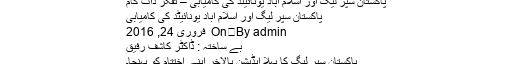
پاکستان سپر لیگ اور اسلام آباد یونائیٹد کی کامیابی – تفکر ڈاٹ کام
پاکستان سپر لیگ اور اسلام آباد یونائیٹد کی کامیابی
By admin	 On فروری 24, 2016
بے ساختہ : ڈاکٹر کاشف رفیق
پاکستان سپر لیگ کا پہلا ایڈیشن بالآخر اپنے اختتام کو پہنچا۔